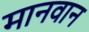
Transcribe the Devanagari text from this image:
मानवान